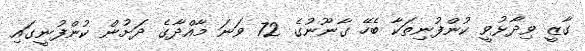
ގާޒީ ވިދާޅުވީ ކުންފުނިތަކާ ބެހޭ ގާނޫނުގެ 72 ވަނަ މާއްދާގެ ދަށުން ކުންފުނީގައި